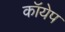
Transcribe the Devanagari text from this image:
कॉयेप